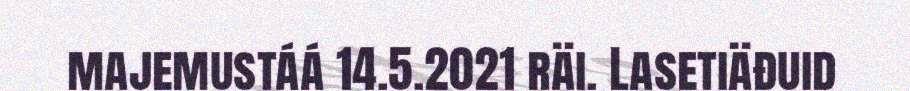
majemustáá 14.5.2021 räi. Lasetiäđuid